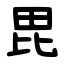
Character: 毘